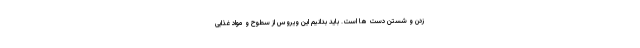
زدن و شستن دست ها است. باید بدانیم این ویروس از سطوح و مواد غذایی